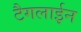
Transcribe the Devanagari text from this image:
टैगलाईन